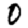
Digit: 0